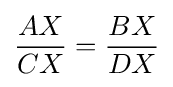
{\frac {AX}{CX}}={\frac {BX}{DX}}